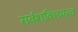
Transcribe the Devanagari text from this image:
सर्वशक्तिमत्व